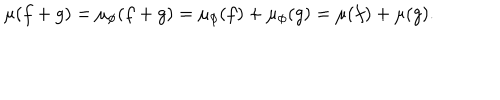
\mu ( f + g ) = \mu _ { \phi } ( f + g ) = \mu _ { \phi } ( f ) + \mu _ { \phi } ( g ) = \mu ( f ) + \mu ( g ) .